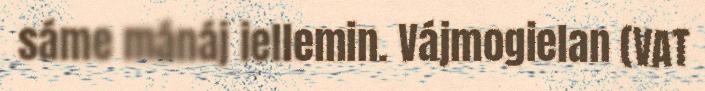
sáme mánáj iellemin. Vájmogielan (VAT